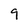
Character: 9